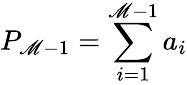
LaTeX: P_{\mathscr{M}-1}=\sum_{i=1}^{\mathscr{M}-1}a_{i}